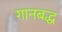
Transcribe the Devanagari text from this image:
गानबद्ध